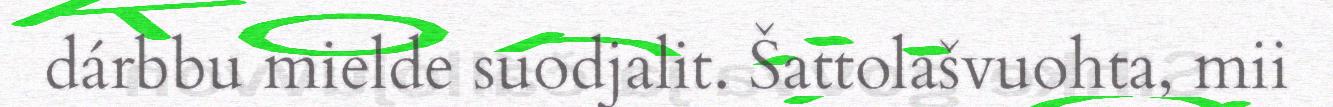
dárbbu mielde suodjalit. Šattolašvuohta, mii